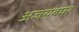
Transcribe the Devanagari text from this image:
अजयबघर